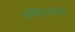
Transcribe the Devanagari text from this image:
विद्याप्राप्त